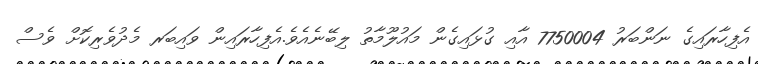
އެފިހާރައިގެ ނަންބަރު 7750004 އާއި ގުޅައިގެން މައުލޫމާތު ލިބޭނެއެވެ.އެފިހާރައިން ވައިބަރ މެދުވެރިކޮށް ވެސް